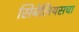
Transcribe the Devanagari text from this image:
सिबेलियसचा